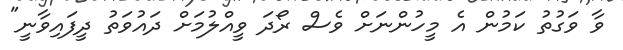
ވާ ވަގުތު ކަމުން އެ މީހުންނަށް ވެސް ރޯދަ ވީއްލުމަށް ދައުވަތު ދީފައިވާނީ"